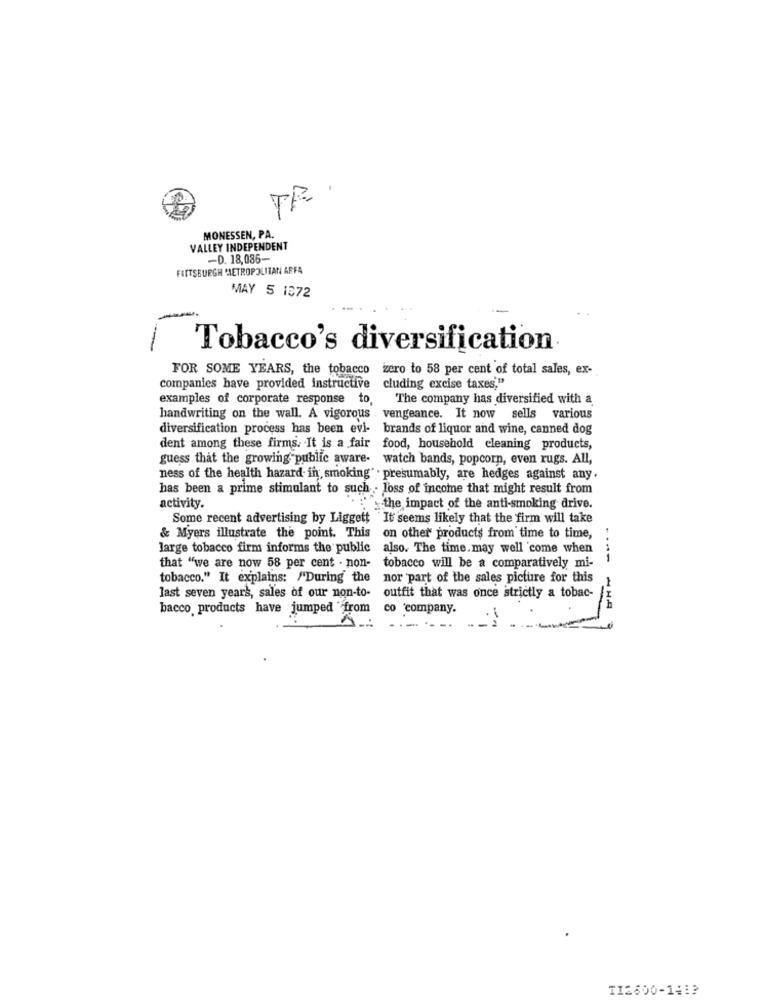
TR.
MONESSEN, PA.
VALLEY INDEPENDENT
-D. 18,036-
FAITSBURGH METROPOLITAN AFFA
MAY 5 1372
-
Tobacco's diversification
FOR SOME YEARS, the tobacco zero to 58 per cent of total sales, ex-
companies have provided instructive cluding excise taxes,"
examples of corporate response to,
The company has diversified with a
handwriting on the wall. A vigorous . vengeance. It now sells various
diversification process has been evi- brands of liquor and wine, canned dog
dent among these firms. It is a fair food, household cleaning products,
guess that the growing public aware- watch bands, popcorn, even rugs. All,
ness of the health hazard in, smoking" . presumably, are hedges against any.
has been a prime stimulant to such . loss of income that might result from
activity.
the impact of the anti-smoking drive.
Some recent advertising by Liggett It seems likely that the firm will take
& Myers illustrate the point. This on other products from time to time,
large tobacco firm informs the public also. The time. may well come when
that "we are now 58 per cent . non-
tobacco will be a comparatively mi-
tobacco." It explains: "'During the
nor part of the sales picture for this
last seven years, sales of our non-to-
outfit that was once strictly a tobac-
bacco products have jumped from
co 'company.
TI2600-141?